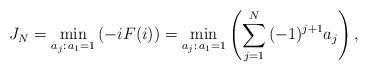
LaTeX: \begin{align*}J_N = \min_{a_j:\,a_1=1} \left( -iF(i) \right) = \min_{a_j:\,a_1=1} \left( \sum\limits_{j=1}^{N} {(-1)^{j+1} a_j} \right),\end{align*}